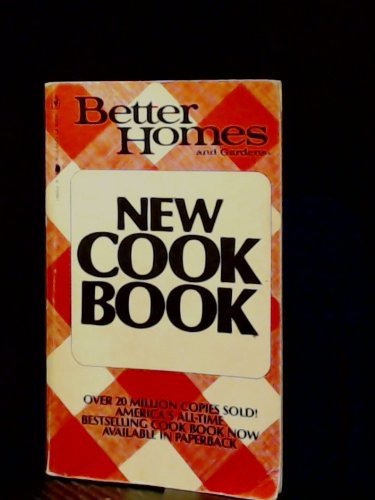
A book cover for Better Homes and Gardens New Cook Book; Better Homes and Gardens; Cookbooks, Food & Wine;